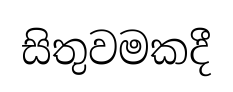
සිතුවමකදී